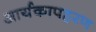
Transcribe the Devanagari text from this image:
आर्यकापहरण